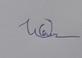
Signature authenticity: genuine